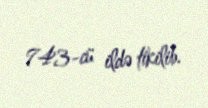
743-cü ildə tikilib.